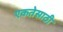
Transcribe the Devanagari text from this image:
एकतेसाठी